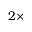
2 \times